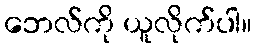
ဘေလ်ကို ယူလိုက်ပါ။